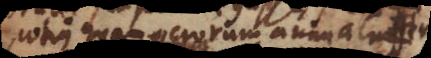
potius quam verorum animalium